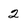
Character: 2